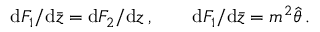
\mathrm { d } F _ { 1 } / \mathrm { d } \bar { z } = \mathrm { d } F _ { 2 } / \mathrm { d } z \, , \qquad \mathrm { d } F _ { 1 } / \mathrm { d } \bar { z } = m ^ { 2 } \hat { \theta } \, .